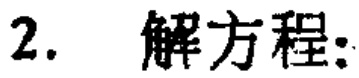
2. 解方程: